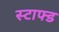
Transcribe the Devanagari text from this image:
स्टाफ्ड